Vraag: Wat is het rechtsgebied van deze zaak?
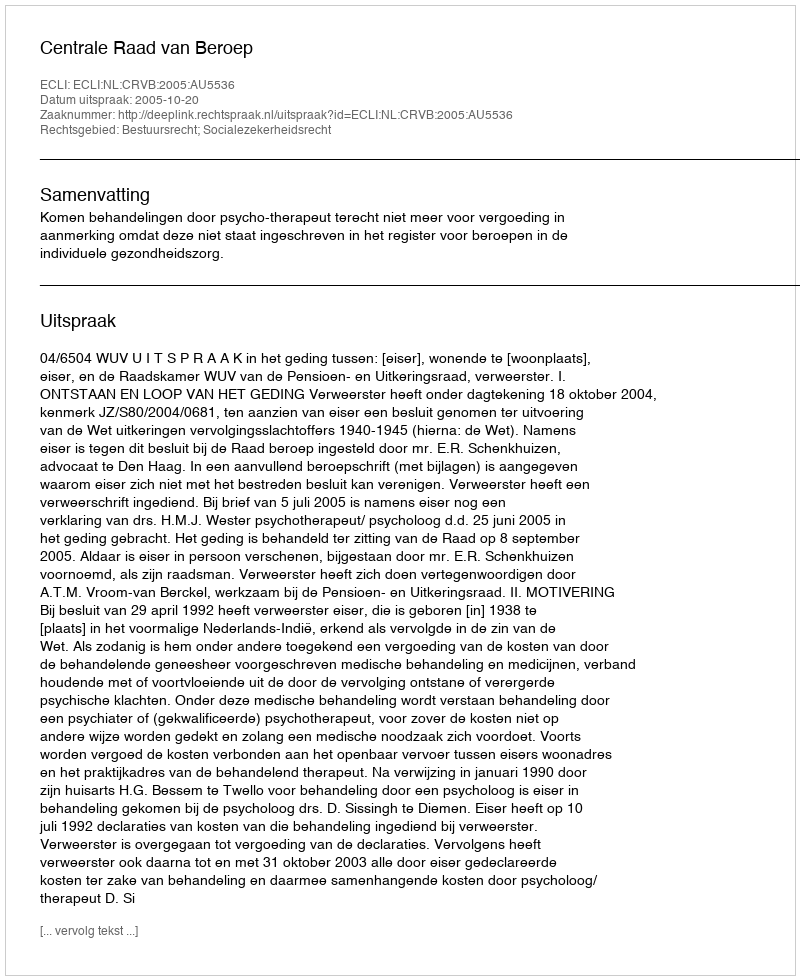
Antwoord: Bestuursrecht; Socialezekerheidsrecht